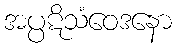
အပ္ပဋိသံဝေဒနော